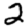
Digit: 2